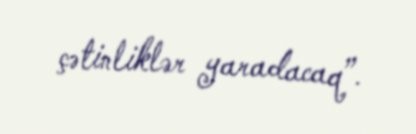
çətinliklər yaradacaq”.